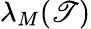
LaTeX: \lambda_{M}(\mathscr{T})